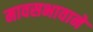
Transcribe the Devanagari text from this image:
मावसभावाने